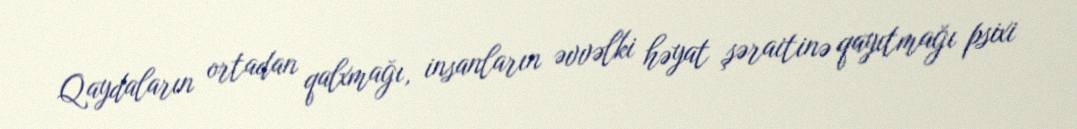
Qaydaların ortadan qalxmağı, insanların əvvəlki həyat şəraitinə qayıtmağı psixi